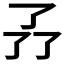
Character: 𠄕